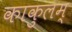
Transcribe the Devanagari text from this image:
काकुलम्